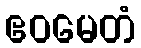
ဧဝမေတံ